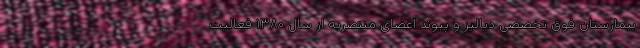
بیمارستان فوق‌ تخصصی دیالیز و پیوند اعضای منتصریه از سال ۱۳۸۰ فعالیت